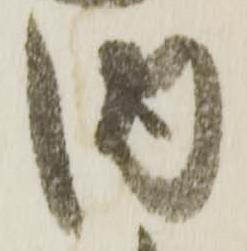
内